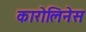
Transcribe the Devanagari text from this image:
कारोलिनेस